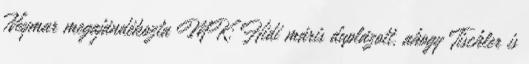
Neymar megajándékozta MK: Hidi máris duplázott, ahogy Tischler is